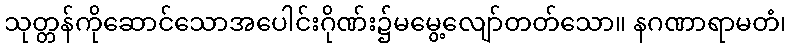
သုတ္တန်ကိုဆောင်သောအပေါင်းဂိုဏ်း၌မမွေ့လျော်တတ်သော။ နဂဏာရာမတံ၊